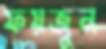
ফয়জুন